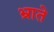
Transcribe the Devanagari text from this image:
भ्राते